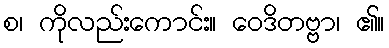
စ၊ ကိုလည်းကောင်း။ ဝေဒိတဗ္ဗာ၊ ၏။